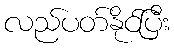
လည်ပတ်နိုင်ပြီး